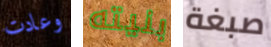
وعادت بنيته صبغة